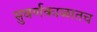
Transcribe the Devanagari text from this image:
सुवर्णकाळातच